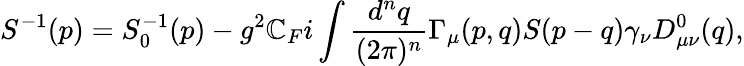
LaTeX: S^{-1}(p)=S_{0}^{-1}(p)-g^{2}\mathbb{C}_{F}i\int{\frac{{d^{n}q}}{{(2\pi)^{n}}}}\Gamma_{\mu}(p,q)S(p-q)\gamma_{\nu}D_{\mu\nu}^{0}(q),